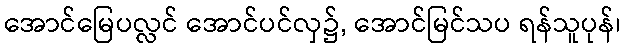
အောင်မြေပလ္လင် အောင်ပင်လှ၌, အောင်မြင်သပ ရန်သူပုန်၊